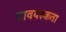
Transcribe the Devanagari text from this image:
यावयस्कता